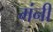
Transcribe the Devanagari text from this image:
मंनी